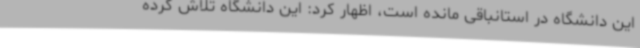
این دانشگاه در استانباقی مانده است، اظهار کرد: این دانشگاه تلاش کرده